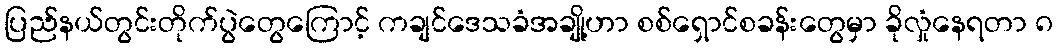
ပြည်နယ်တွင်းတိုက်ပွဲတွေကြောင့် ကချင်ဒေသခံအချို့ဟာ စစ်ရှောင်စခန်းတွေမှာ ခိုလှုံနေရတာ ၈